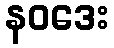
နဝဒေး